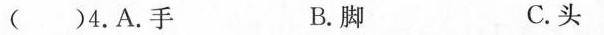
( )4.A.手 B.脚 C.头